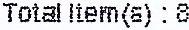
TOTAL ITEM(S) : 8